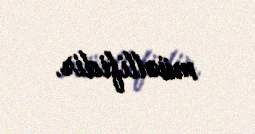
müəllifidir.